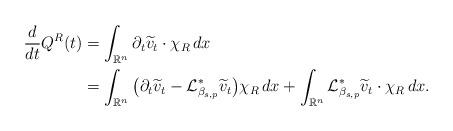
LaTeX: \begin{align*}\frac{d}{dt} Q^R(t)&= \int_{\mathbb{R}^n}\partial_t \widetilde{v}_t \cdot \chi_R\, dx \\&= \int_{\mathbb{R}^n}\big( \partial_t \widetilde{v}_t -\mathcal{L}_{\beta_{s,p}}^* \widetilde{v}_t\big)\chi_R\, dx+\int_{\mathbb{R}^n}\mathcal{L}_{\beta_{s,p}}^* \widetilde{v}_t\cdot \chi_R\, dx. \end{align*}